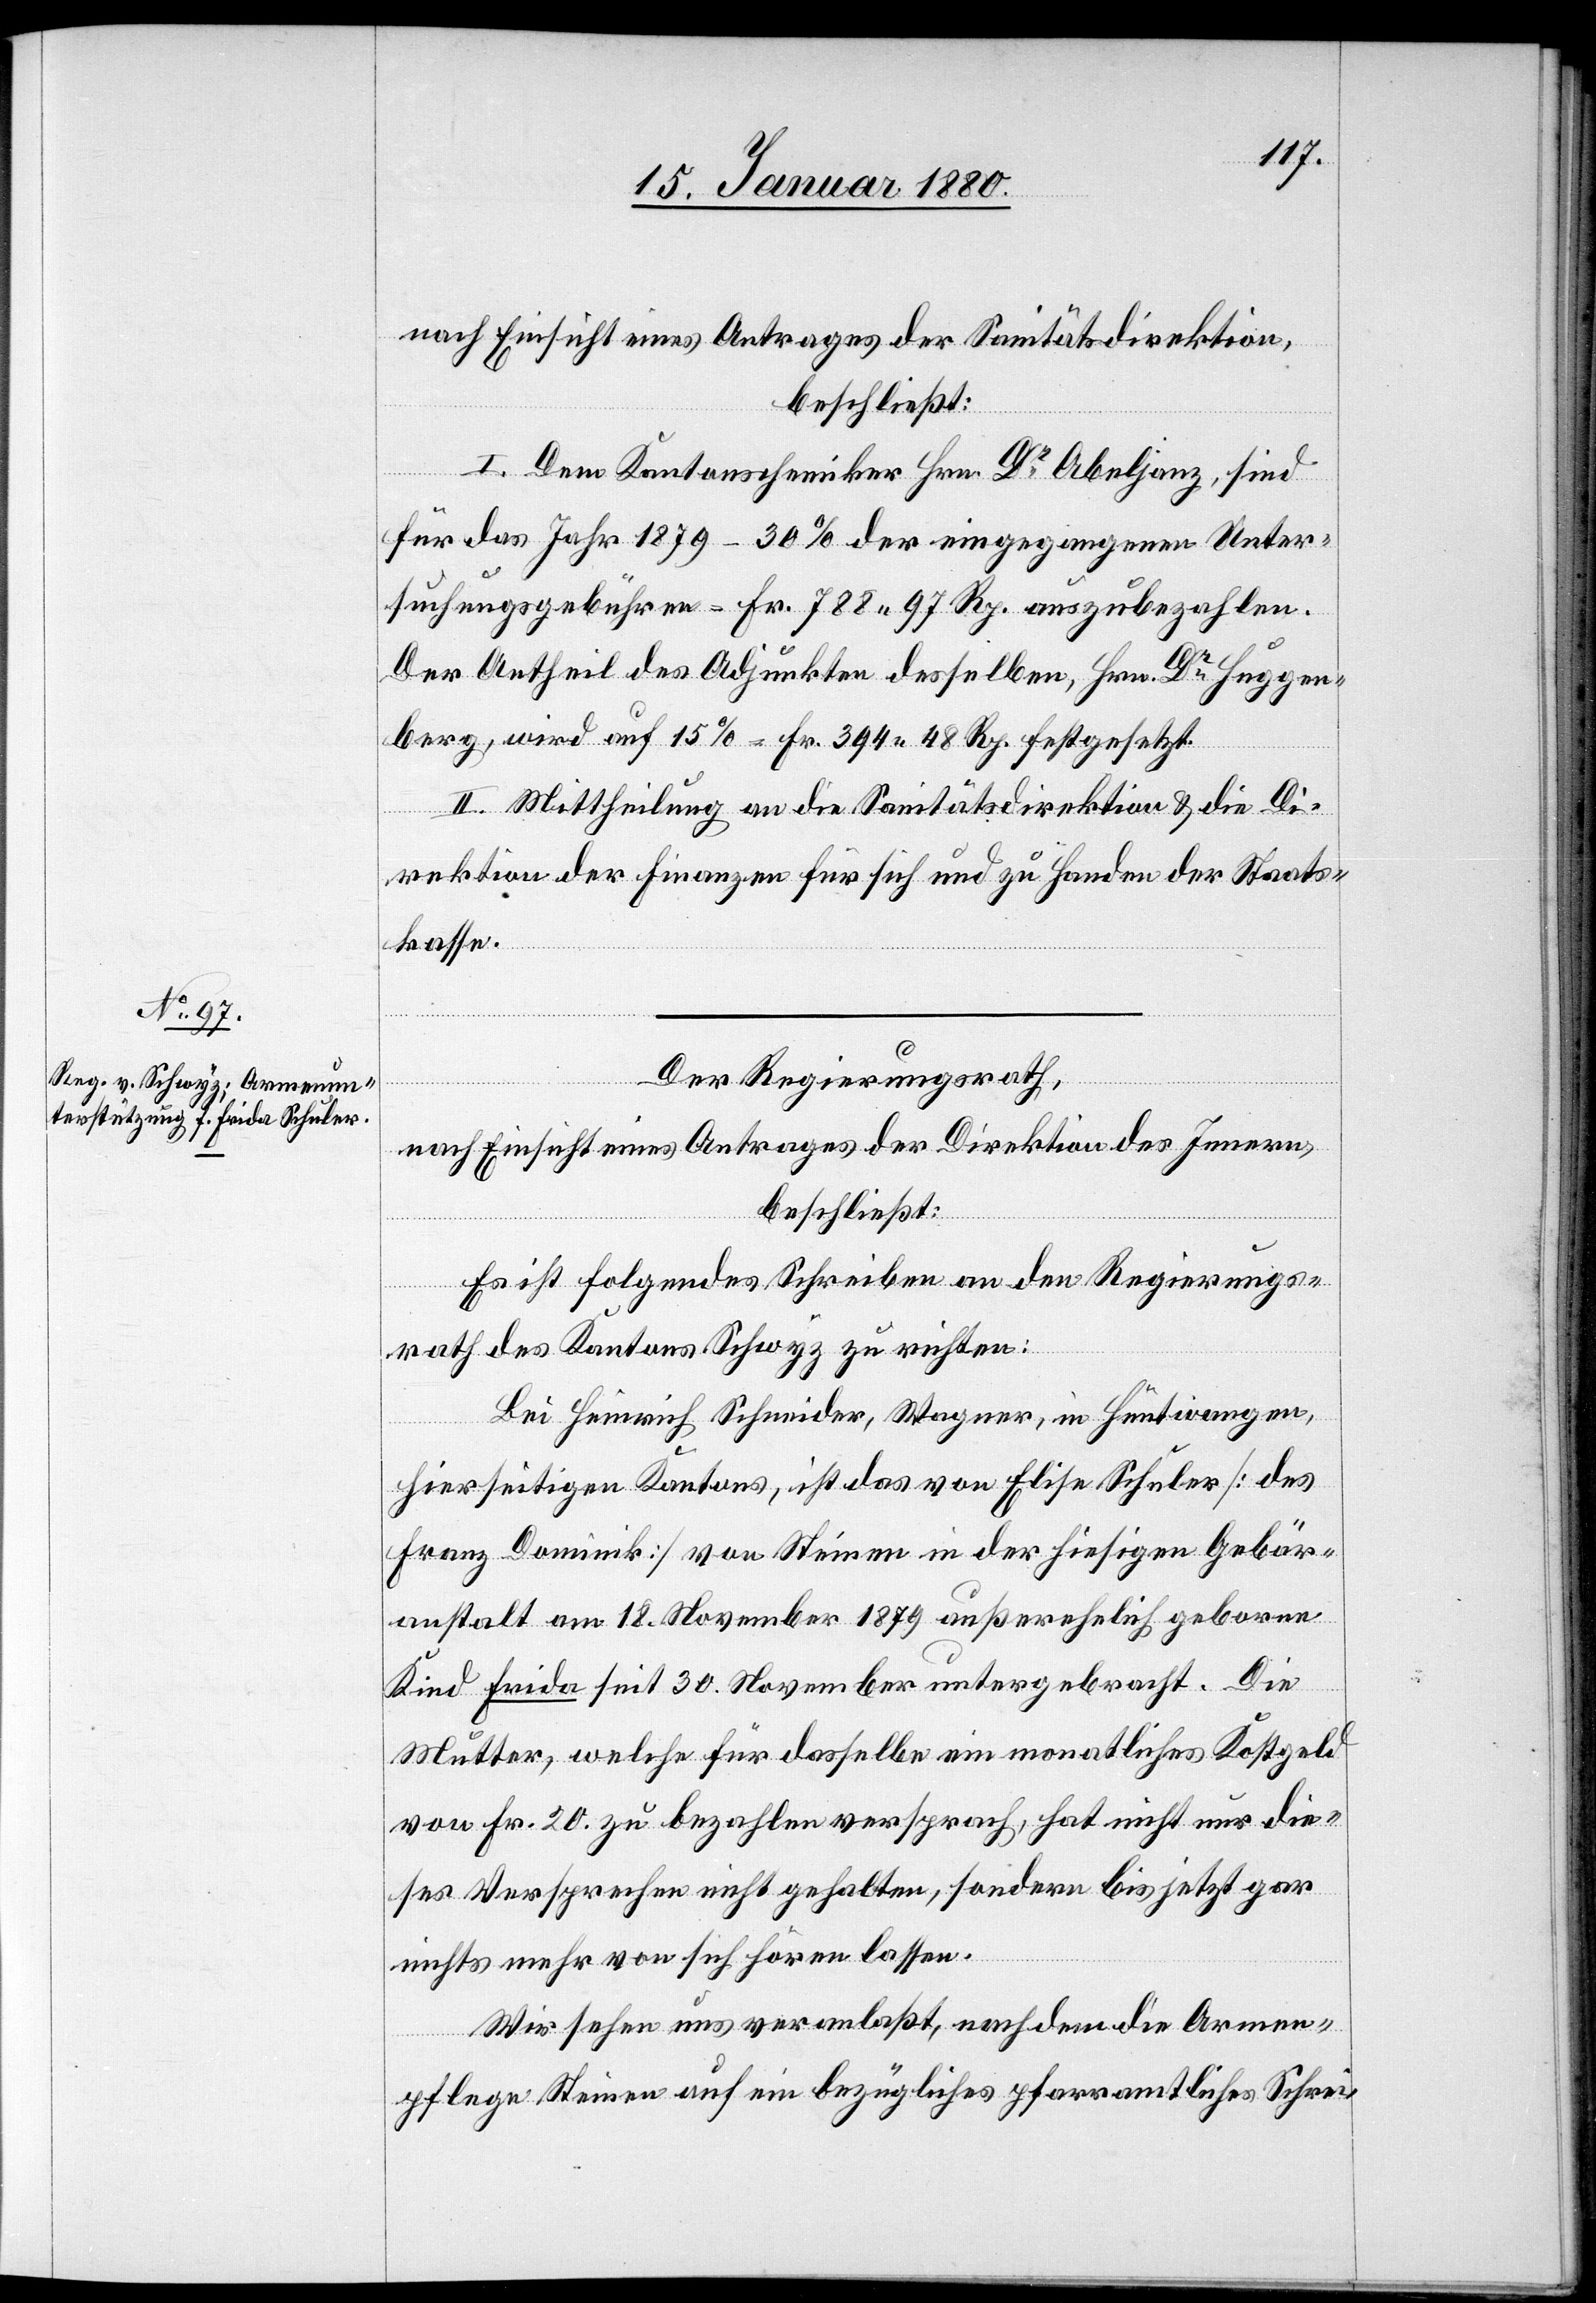
nach Einsicht eines Antrages der Sanitätsdirektion,
beschließt:
I. Dem Kantonschemiker Hrn. Dr Abeljanz sind
für das Jahr 1879 – 30 % der eingegangenen Unter¬
suchungsgebühren - Fr. 788.97 Rp. auszubezahlen.
Der Antheil des Adjunkten desselben, Hrn. Dr Huggen¬
berg, wird auf 15 % - Fr. 394.48 Rp. festgesetzt.
Direktion der Finanzen für sich und zu Handen der Staats¬
lassen.
Der Regierungsrath,
nach Einsicht eines Antrages der Direktion des Innern,
beschließt:
Es ist folgendes Schreiben an den Regierungs¬
rath des Kantons Schwyz zu richten:
Bei Heinrich Schneider, Wagner, in Hüntwangen,
hierseitigen Kantons, ist das von Elise Schuler [des
Franz Dominik] von Steinen in der hiesigen Gebär¬
anstalt am 18. November 1879 außerehelich geborne
Kind Frida seit 30. November untergebracht. Die
Mutter, welche für dasselbe ein monatliches Kostgeld
von Fr. 20 zu bezahlen versprach, hat nicht nur die¬
ses Versprechen nicht gehalten, sondern bis jetzt gar
Wir sehen uns veranlaßt, nachdem die Armen¬
pflege Steinen auf ein bezügliches pfarramtliches Schrei-